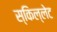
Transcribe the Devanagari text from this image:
स्किल्लेट